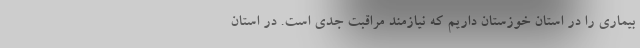
بیماری را در استان خوزستان داریم که نیازمند مراقبت جدی است. در استان